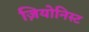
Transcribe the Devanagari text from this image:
ज़ियोनिस्ट